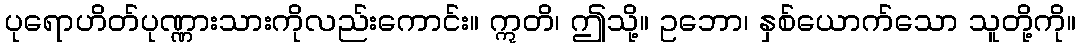
ပုရောဟိတ်ပုဏ္ဏားသားကိုလည်းကောင်း။ ဣတိ၊ ဤသို့။ ဥဘော၊ နှစ်ယောက်သော သူတို့ကို။